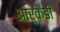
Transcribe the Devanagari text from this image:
आर्कैडी